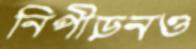
নিপীড়নও